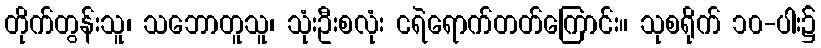
တိုက်တွန်းသူ၊ သဘောတူသူ၊ သုံးဦးစလုံး ငရဲရောက်တတ်ကြောင်း။ သုစရိုက် ၁၀-ပါး၌